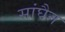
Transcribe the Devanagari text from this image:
सांघैन